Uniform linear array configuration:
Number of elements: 64
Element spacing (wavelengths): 1
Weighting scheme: hamming
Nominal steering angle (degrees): -30
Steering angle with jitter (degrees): -30.109
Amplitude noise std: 0.05
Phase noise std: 0.05

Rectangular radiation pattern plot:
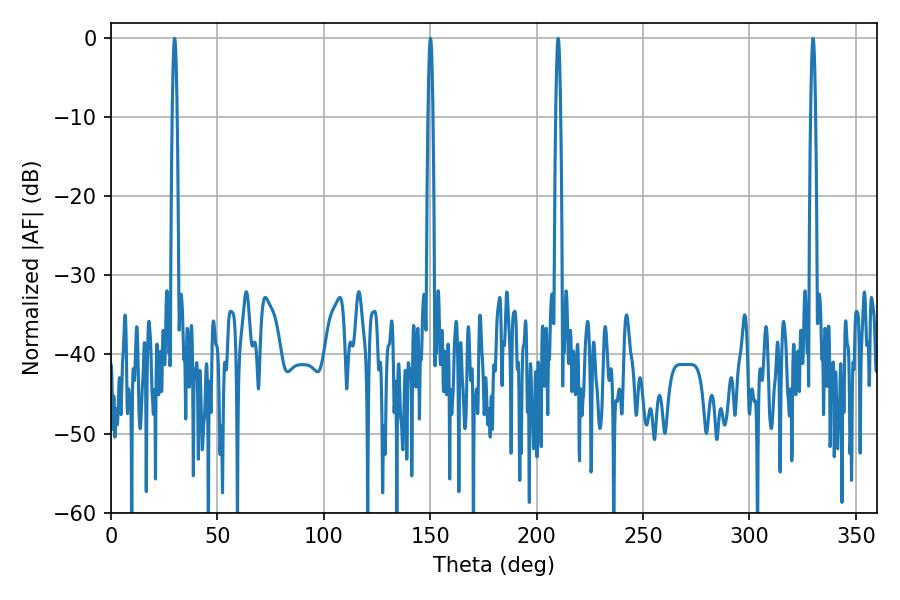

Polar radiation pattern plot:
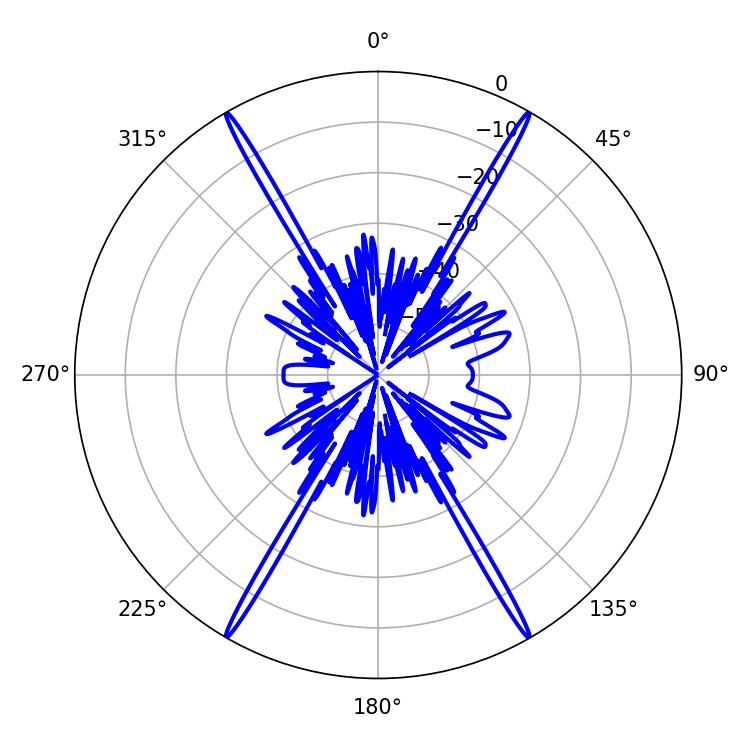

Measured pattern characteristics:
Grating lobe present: TRUE
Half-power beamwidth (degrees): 1.08
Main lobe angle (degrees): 150.12